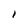
Character: I